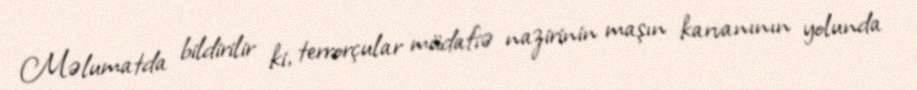
Məlumatda bildirilir ki, terrorçular müdafiə nazirinin maşın karvanının yolunda